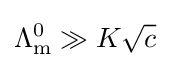
\Lambda _{\text{m}}^{0}\gg K{\sqrt {c}}